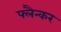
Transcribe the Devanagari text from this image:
फ्लैन्कर